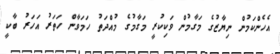
އެހެންކަމުން ނިޔާޒުގެ މަގާމުން ވަކިކުރީ މަގާމުގެ މުއްދަތު ހަމަވާން ހަތަރު އަހަރު ބާކީ